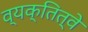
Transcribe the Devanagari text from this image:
व्यक्तित्वे